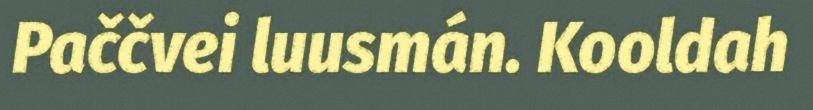
Paččvei luusmán. Kooldah